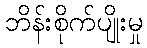
ဘိန်းစိုက်ပျိုးမှု